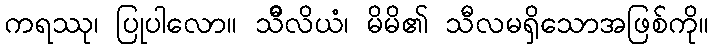
ကရဿု၊ ပြုပါလော။ သီိလိယံ၊ မိမိ၏ သီလမရှိသောအဖြစ်ကို။